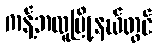
ကန့်ဘလူမြို့နယ်တွင်